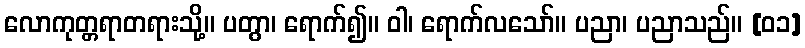
လောကုတ္တရာတရားသို့။ ပတွာ၊ ရောက်၍။ ဝါ၊ ရောက်လသော်။ ပညာ၊ ပညာသည်။ [၀၁]